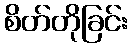
စိတ်တိုခြင်း